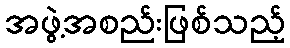
အဖွဲ့အစည်းဖြစ်သည့်